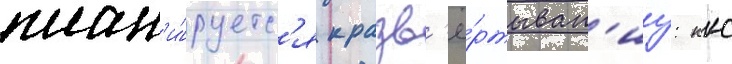
план'и́руетс'я к разв'ё́ртыван'иу: ккс